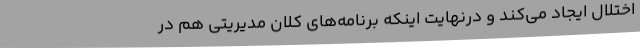
اختلال ایجاد می‌کند و درنهایت اینکه برنامه‌های کلان مدیریتی هم در